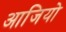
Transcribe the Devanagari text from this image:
आजियो